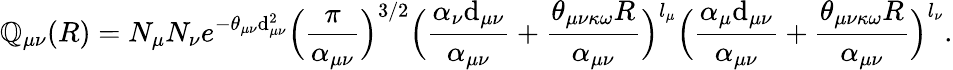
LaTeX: \mathbb{Q}_{\mu\nu}(R)=N_{\mu}N_{\nu}e^{-\theta_{\mu\nu}\mathrm{d}_{\mu\nu}^{2}}\Big(\frac{{\pi}}{{\alpha_{\mu\nu}}}\Big)^{3/2}\Big(\frac{{\alpha_{\nu}\mathrm{d}_{\mu\nu}}}{{\alpha_{\mu\nu}}}+{\frac{{\theta_{\mu\nu\kappa\omega}R}}{{\alpha_{\mu\nu}}}}\Big)^{l_{\mu}}\Big(\frac{{\alpha_{\mu}\mathrm{d}_{\mu\nu}}}{{\alpha_{\mu\nu}}}+{\frac{{\theta_{\mu\nu\kappa\omega}R}}{{\alpha_{\mu\nu}}}}\Big)^{l_{\nu}}.